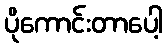
ပိုကောင်းတာပေါ့